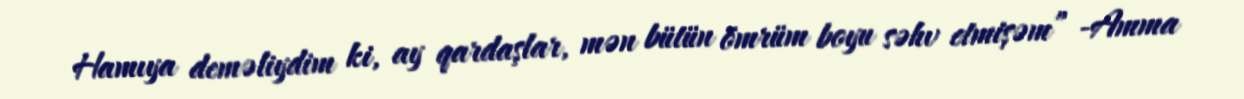
Hamıya deməliydim ki, ay qardaşlar, mən bütün ömrüm boyu səhv etmişəm” -Amma